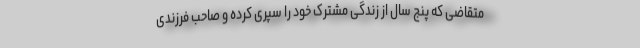
متقاضی که پنج سال از زندگی مشترک خود را سپری کرده‌ و صاحب فرزندی